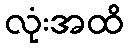
လုံးအထိ